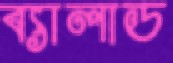
ব্যালাড